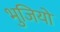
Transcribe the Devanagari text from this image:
भुजियो